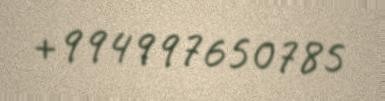
+994997650785